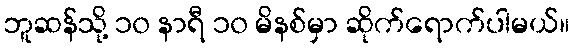
ဘူဆန်သို့ ၁၀ နာရီ ၁၀ မိနစ်မှာ ဆိုက်ရောက်ပါမယ်။